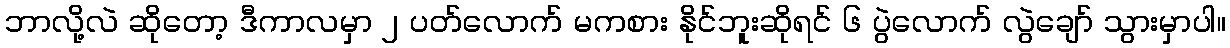
ဘာလို့လဲ ဆိုတော့ ဒီကာလမှာ ၂ ပတ်လောက် မကစား နိုင်ဘူးဆိုရင် ၆ ပွဲလောက် လွဲချော် သွားမှာပါ။